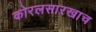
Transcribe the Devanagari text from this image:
कोरलसारखाच